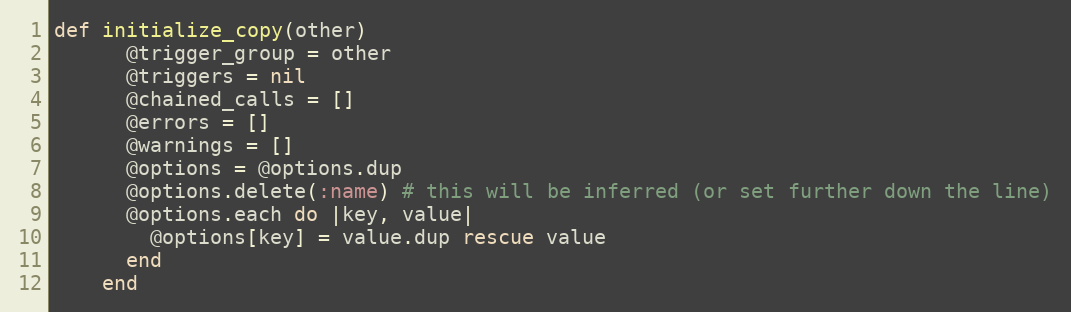
Language: Ruby
def initialize_copy(other)
      @trigger_group = other
      @triggers = nil
      @chained_calls = []
      @errors = []
      @warnings = []
      @options = @options.dup
      @options.delete(:name) # this will be inferred (or set further down the line)
      @options.each do |key, value|
        @options[key] = value.dup rescue value
      end
    end